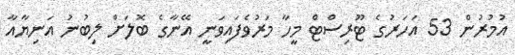
އުމުރުން 53 އަހަރުގެ ޓޫރިސްޓް މީހާ މަރުވެފައިވަނީ އޭނާގެ ބޮލަށް ލިބުނު އަނިޔާއާ